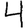
Digit: 4